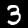
Label: 3